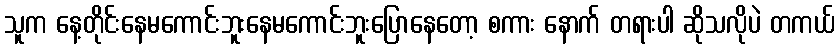
သူက နေ့တိုင်းနေမကောင်းဘူးနေမကောင်းဘူးပြောနေတော့ စကား နောက် တရားပါ ဆိုသလိုပဲ တကယ်